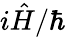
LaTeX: i{\hat{H}}/\hbar